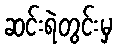
ဆင်းရဲတွင်းမှ